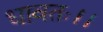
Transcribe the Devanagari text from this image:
धावतः।।